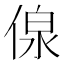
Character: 𱎽